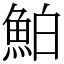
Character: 鮊